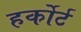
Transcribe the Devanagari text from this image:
हर्कोर्ट